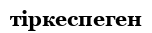
тіркеспеген